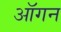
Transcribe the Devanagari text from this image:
ऑगन